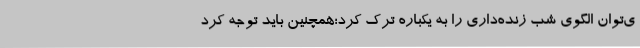
ی‌توان الگوی شب زنده‌داری را به یکباره ترک کرد؛همچنین باید توجه کرد